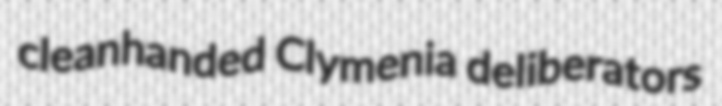
cleanhanded Clymenia deliberators